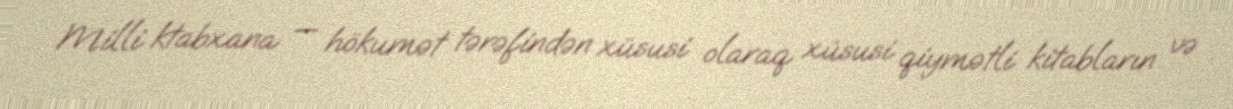
Milli ktabxana — hökumət tərəfindən xüsusi olaraq xüsusi qiymətli kitabların və